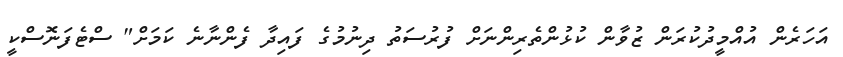
އަހަރެން އުއްމީދުކުރަން ޒުވާން ކުޅުންތެރިންނަށް ފުރުސަތު ދިނުމުގެ ފައިދާ ފެންނާނެ ކަމަށް" ސްޓެފަނޮސްކީ